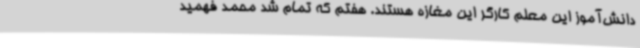
دانش‌آموز این معلم کارگر این مغازه هستند. هفتم که تمام شد محمد فهمید